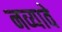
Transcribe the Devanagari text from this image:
नव्यावे